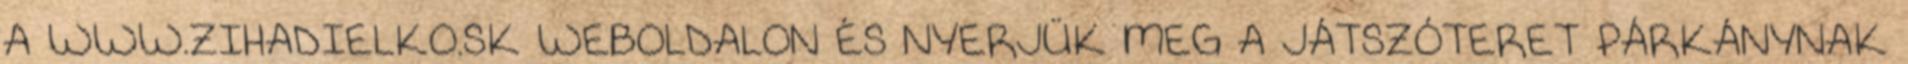
A WWW.ZIHADIELKO.SK WEBOLDALON ÉS NYERJÜK MEG A JÁTSZÓTERET PÁRKÁNYNAK